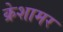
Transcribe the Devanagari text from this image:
क्रेशामर